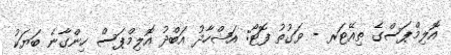
އޮލިމްޕަސްގެ ތިއޭޓަރ - ވަގުތު ފޮޓޯ: އަޝްހާދު އަބްދު އޮލިމްޕަސް ހިންގާނެ ބަޔަކު